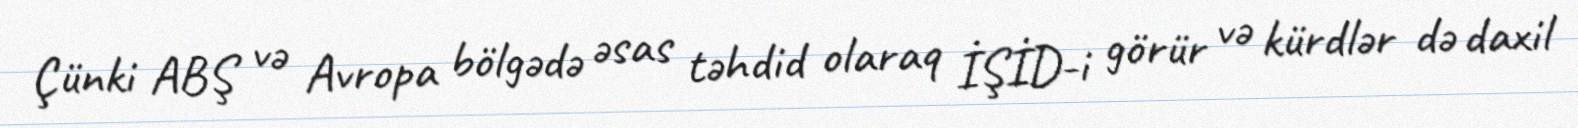
Çünki ABŞ və Avropa bölgədə əsas təhdid olaraq İŞİD-i görür və kürdlər də daxil